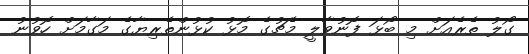
ގޯލު ތެރެއަށް މި ބޯޅަ ފޮނުވާލީ މެޗުގެ މޮޅު ކުޅުންތެރިޔާގެ މަގާމަށް ހޮވުނު